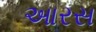
આરસ